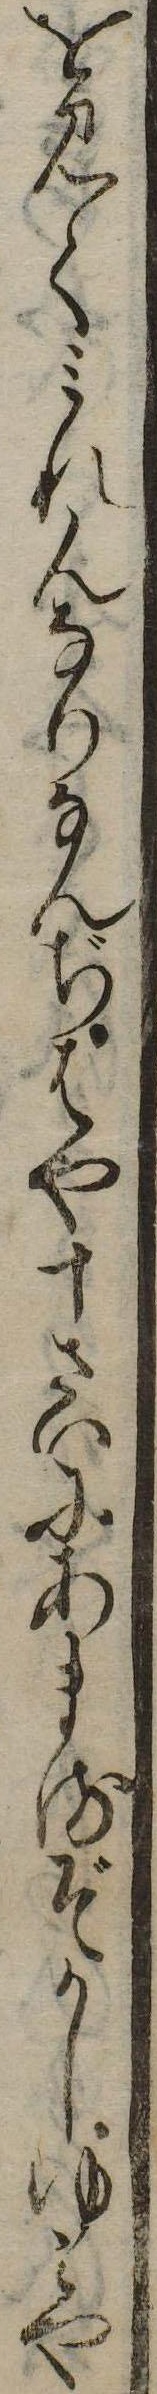
を見てみれんなりなんぢはや十さいにあまるぞかしゆみや